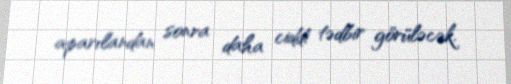
aparılandan sonra daha ciddi tədbir görüləcək.